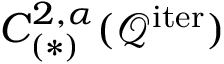
C _ { ( \ast ) } ^ { 2 , \alpha } ( \mathcal { Q } ^ { \mathrm { i t e r } } )